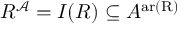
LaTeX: R ^ { \mathcal { A } } = I ( R ) \subseteq A ^ { \operatorname { a r ( R ) } }